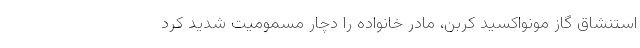
استنشاق گاز مونواکسید کربن، مادر خانواده را دچار مسمومیت شدید کرد